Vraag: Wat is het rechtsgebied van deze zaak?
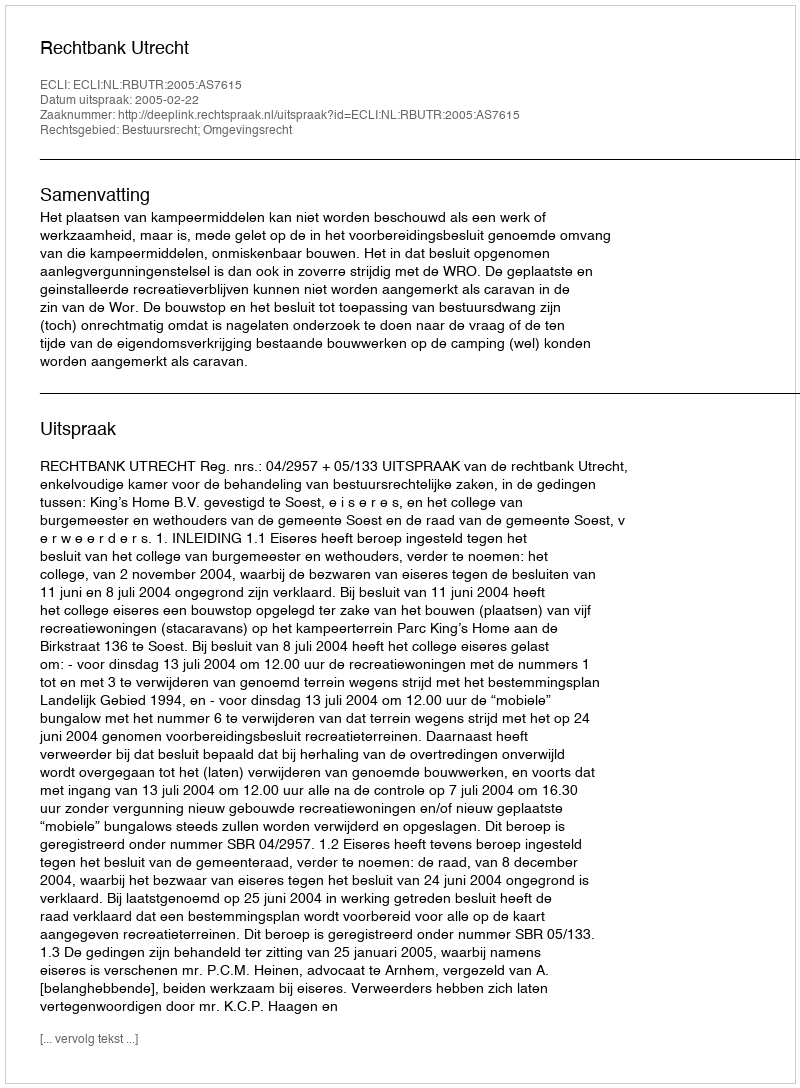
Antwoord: Bestuursrecht; Omgevingsrecht